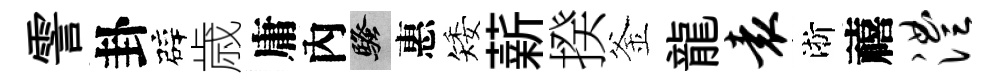
霅卦辟歳庸內騷惠矮薪揆釜龍袁淅禧澧